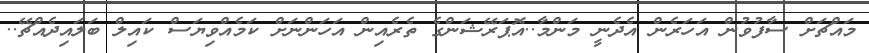
މައްޗަށް ސާފުވުން އަހަރެން އެދެނީ މަންމާ..އޮޕަރޭޝަންގެ ތެރެއިން އަހަންނަށް ކަމެއްވިޔަސް ކައިލް ބަލައިދެއްޗޭ..